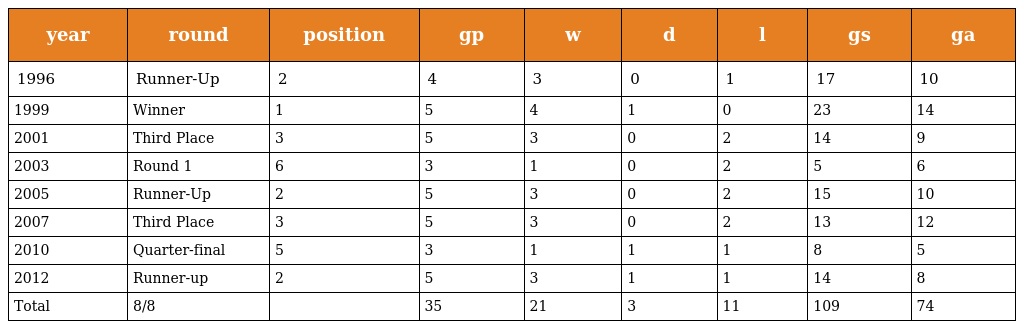
| year | round | position | gp | w | d | l | gs | ga |
 | --- | --- | --- | --- | --- | --- | --- | --- | --- |
 | 1996 | Runner-Up | 2 | 4 | 3 | 0 | 1 | 17 | 10 |
 | 1999 | Winner | 1 | 5 | 4 | 1 | 0 | 23 | 14 |
 | 2001 | Third Place | 3 | 5 | 3 | 0 | 2 | 14 | 9 |
 | 2003 | Round 1 | 6 | 3 | 1 | 0 | 2 | 5 | 6 |
 | 2005 | Runner-Up | 2 | 5 | 3 | 0 | 2 | 15 | 10 |
 | 2007 | Third Place | 3 | 5 | 3 | 0 | 2 | 13 | 12 |
 | 2010 | Quarter-final | 5 | 3 | 1 | 1 | 1 | 8 | 5 |
 | 2012 | Runner-up | 2 | 5 | 3 | 1 | 1 | 14 | 8 |
 | Total | 8/8 |  | 35 | 21 | 3 | 11 | 109 | 74 |